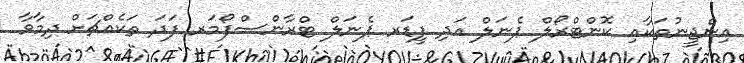
އިންޖީނުތަކާއި ކޮންޓްރޯލް ޕެނަލް އަދި ފީޑަރ ޕެނަލް ޓްރާންސްފޯމަރ ފަދަ ތަކެއްޗަށް ދިމާވާ